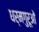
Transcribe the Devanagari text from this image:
धर्मगुरूओं